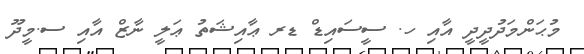
މުޙަންމަދުދީދީ އާއި ހ. ސީސައިޑް ޑރ ޢާއިޝަތު ޢަލީ ނާޒް އާއި ސ.މީދޫ